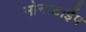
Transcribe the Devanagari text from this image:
मोनोटाईप